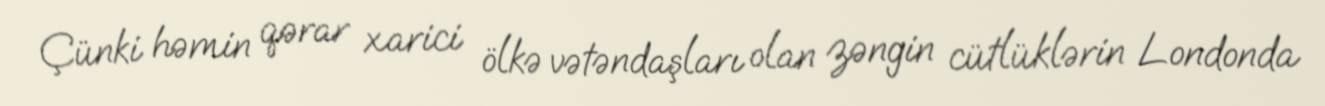
Çünki həmin qərar xarici ölkə vətəndaşları olan zəngin cütlüklərin Londonda